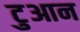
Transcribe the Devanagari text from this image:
टुआन